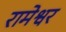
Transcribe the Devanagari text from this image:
रामेश्वर